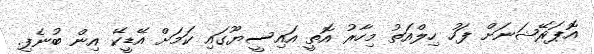
އޮޕަރޭޝަނަށް ފަހު ހިލްއަތު މިހާރު އޮތީ އައިސީޔޫގައި ކަމަށް އޭޑީކޭ އިން ބުނެފި.